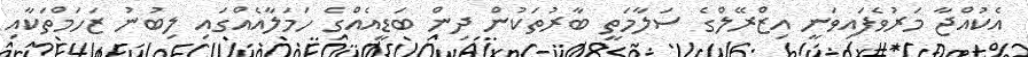
އެކުއްޖާ މަރުވެފައިވަނީ އިޒްރޭލްގެ ސަލާމަތީ ބާރުތަކުން ދިން ބަޑީއެއްގެ ހަމަލާއެއްގައި ލިބުނު ޒަހަމްތަކާއި